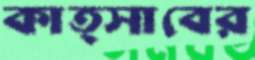
কাত্সাবের